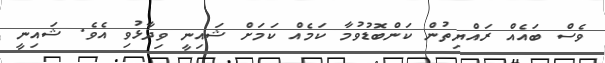
ވެސް ބައެއް ރައްޔިތުން ކަންބޮޑުވުމާ ކަމެއް ކަމަށް ޝައިނީ ވިދާޅުވި އެވެ. ޝައިނީ